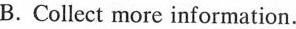
B.Collect more information.